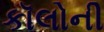
કૉલોની